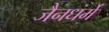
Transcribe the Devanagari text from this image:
जैनधर्मे